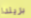
بريندا